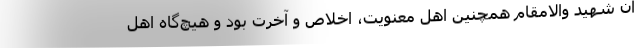
آن شهید والامقام همچنین اهل معنویت، اخلاص و آخرت بود و هیچ‌گاه اهل